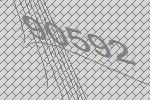
90592